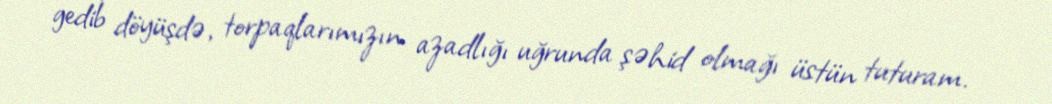
gedib döyüşdə, torpaqlarımızın azadlığı uğrunda şəhid olmağı üstün tuturam.